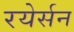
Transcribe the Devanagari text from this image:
रयेर्सन